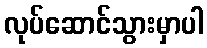
လုပ်ဆောင်သွားမှာပါ